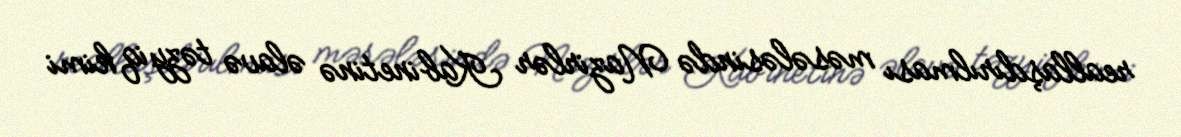
reallaşdırılması məsələsində Nazirlər Kabinetinə əlavə təzyiq kimi